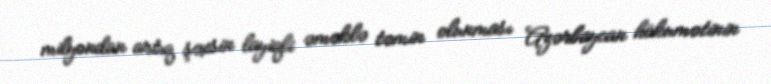
milyondan artıq şəxsin layiqli əməklə təmin olunması Azərbaycan hökumətinin